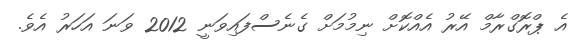
އެ ޕްރޮގްރާމް އޭރު އެއްކޮށް ނިމުމަށް ގެނެސްފައިވަނީ 2012 ވަނަ އަހަރު އެވެ.